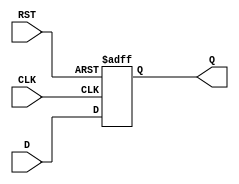
module InputRegister #(
    parameter DATA_WIDTH = 8  // Parameter for data width, default is 8 bits
)(
    input  wire [DATA_WIDTH-1:0] D,    // Data input
    input  wire CLK,                    // Clock input
    input  wire RST,                    // Reset input
    output reg  [DATA_WIDTH-1:0] Q      // Data output
);

// Sequential logic block
always @(posedge CLK or posedge RST) begin
    if (RST) begin
        Q <= {DATA_WIDTH{1'b0}};         // Asynchronous reset to 0
    end else begin
        Q <= D;                          // Capture data on clock edge
    end
end

endmodule